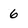
Character: 6